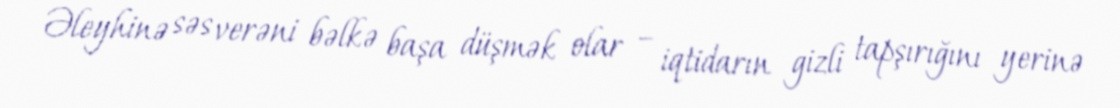
Əleyhinə səs verəni bəlkə başa düşmək olar – iqtidarın gizli tapşırığını yerinə